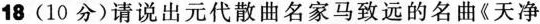
18 （10分）请说出元代散曲名家马致远的名曲《天净